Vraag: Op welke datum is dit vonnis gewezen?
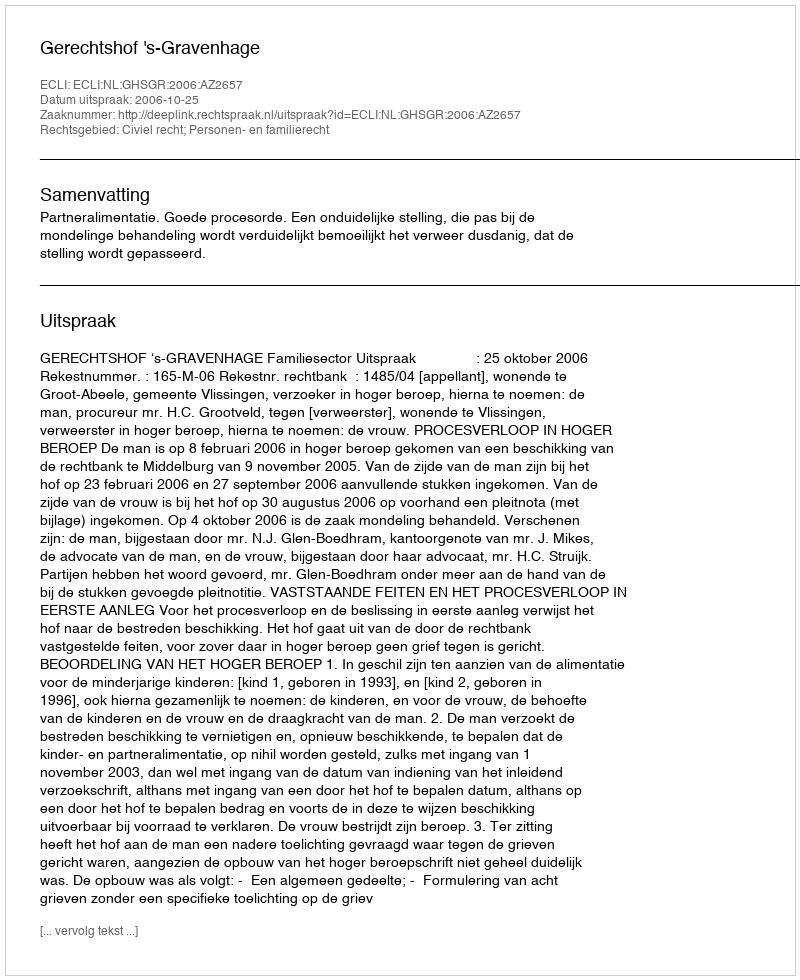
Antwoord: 2006-10-25